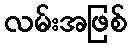
လမ်းအဖြစ်